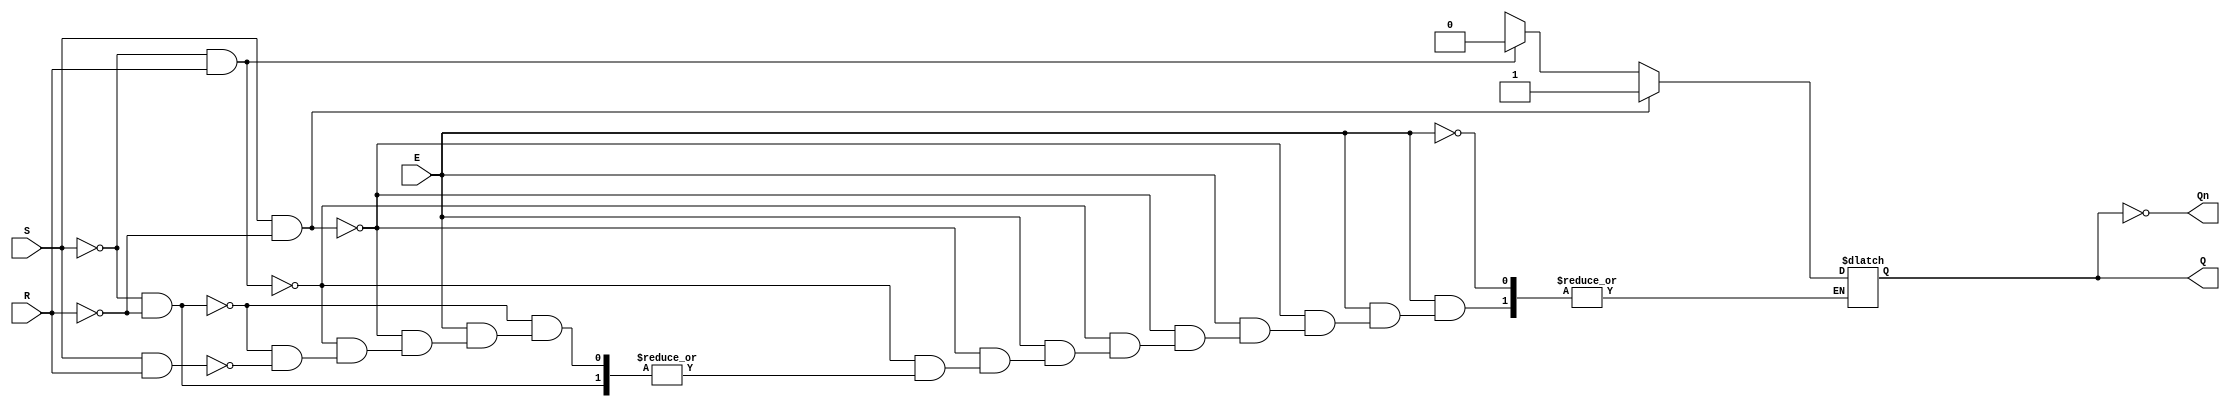
module gated_sr_latch (
    input wire S,      // Set input
    input wire R,      // Reset input
    input wire E,      // Enable input
    output reg Q,      // Primary output
    output wire Qn     // Complementary output (Q')
);

    // Q' is the complement of Q
    assign Qn = ~Q;

    // Always block to implement the gated SR latch behavior
    always @(*) begin
        if (E) begin
            if (S && !R) begin
                Q = 1;    // Set the output Q to 1
            end else if (!S && R) begin
                Q = 0;    // Reset the output Q to 0
            end else if (!S && !R) begin
                // Maintain the current state (do nothing)
                Q = Q;   // Retain previous value
            end else if (S && R) begin
                // Invalid condition: S and R both high
                Q = 1'bx; // Set to indeterminate state (optional, depending on design requirements)
            end
        end
        // If E is low, retain previous state (handled by the latch functionality)
    end

endmodule